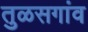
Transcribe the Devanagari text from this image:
तुळसगांव